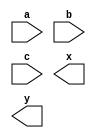
module Full_Subtractor(a, b, c, x, y); 
input a; 
input b; 
input c; 
output x; 
output y; 
wire d,e,f; 
xor(difference,a,b,c); 
and(d,~a,b); 
and(e,b,c); 
and(f,~a,c); 
or(borrow,d,e,f); 
endmodule